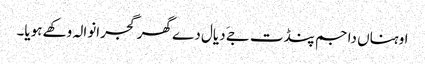
اوہناں دا جم پنڈت جےَ دیال دے گھر گجرانوالہ وکھے ہویا۔